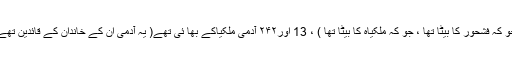
جو کہ فشحُور کا بیٹا تھا ، جو کہ ملکیاہ کا بیٹا تھا ) ، 13 اور۲۴۲ آدمی ملکیاکے بھا ئی تھے( یہ آدمی ان کے خاندان کے قائدین تھے۔